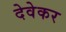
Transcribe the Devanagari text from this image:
देवेकर